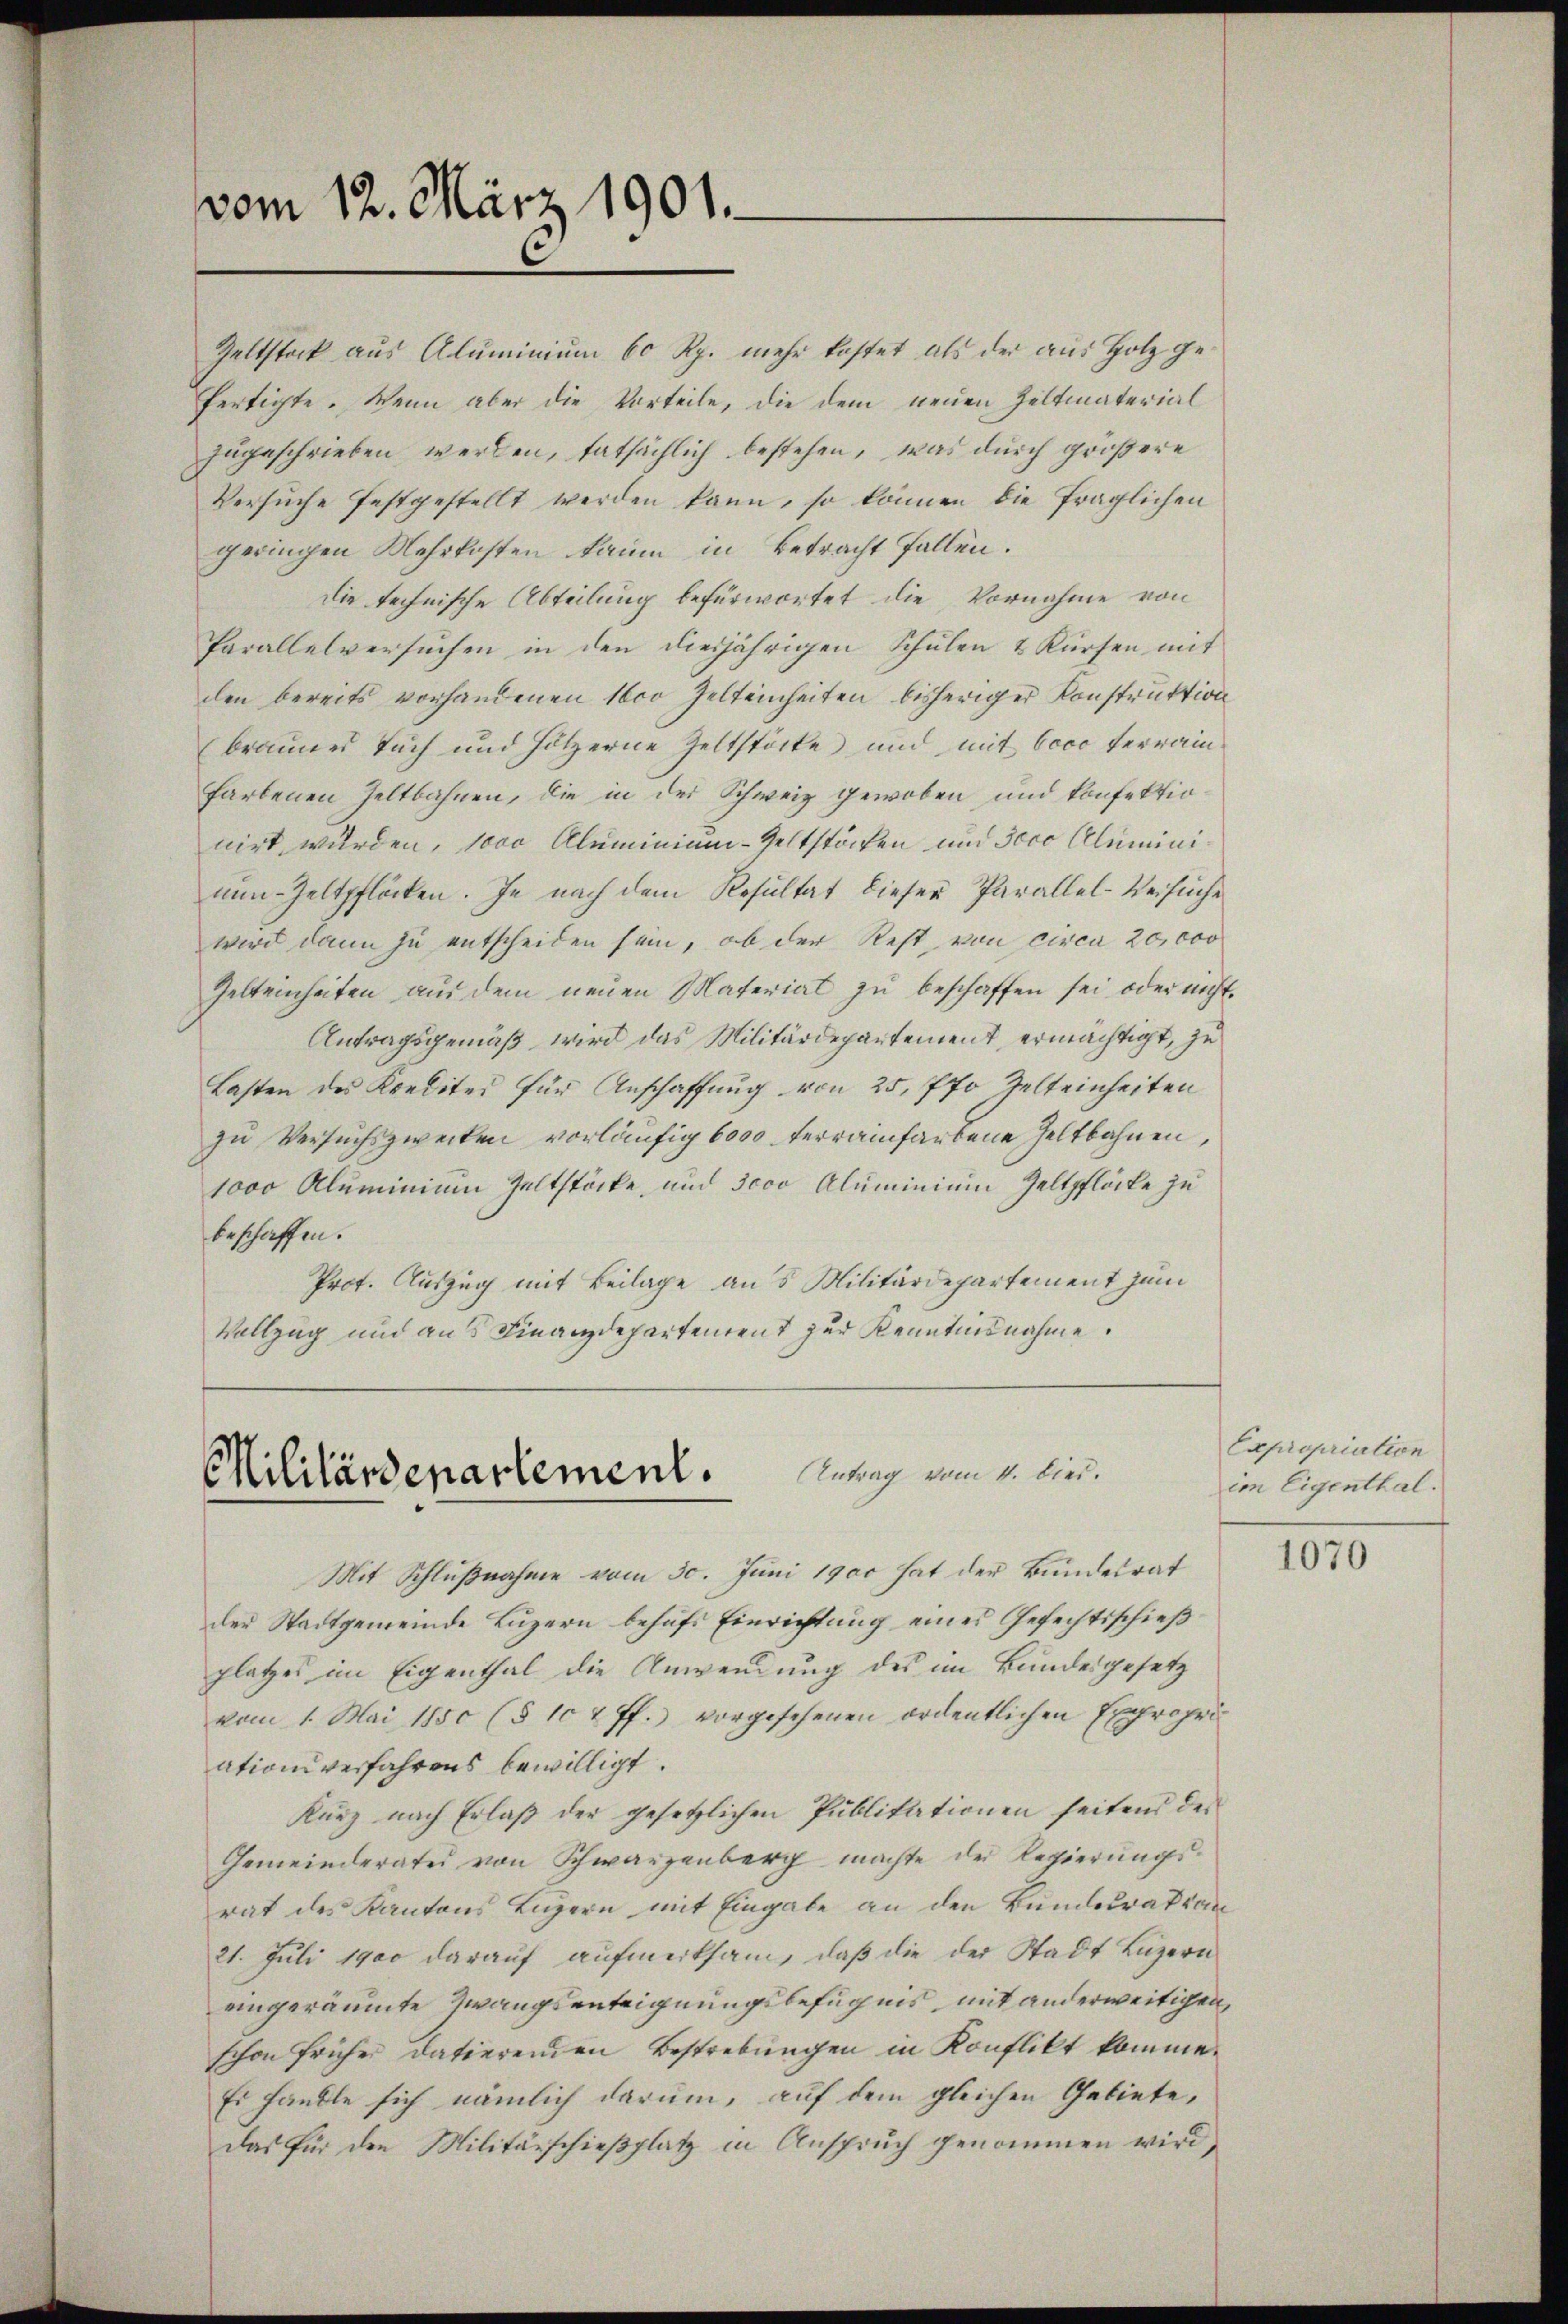
Zeltstock aus Aluminium 60 Rp. mehr kostet, als der aus Holz gefertigte. Wenn aber die Vorteile, die dem neuen Zeltmaterial
zugeschrieben werden, tatsächlich bestehen, was durch größere
Versuche festgestellt werden kann, so können die fraglichen
geringen Mehrkosten kaum in Betracht fallen.
die technische Abteilung befürwortet die Vornahme von
Parallelversuchen in den diesjährigen Schulen & Kürzen mit
den bereits vorhandenen 16co Zelteinheiten bisheriger Konstruktion
brannes Tuch und Hötzerne Zeltstöcke und mit Voce terrain¬
Farbenen Zeltbahnen, die in der Schweiz gewoben und konfektiouirt wurden, 1000 Aluminium - Geltstöcken und Jero Alumininen-Zeltpflöcken. Je nach dem Resultat dieser Parallel-Versuche
wird dann zu entscheiden sein, ob der Rest, von circa 20,000
Gelteinheiten aŭs dem neŭen Material zŭ beschaffen sei oder nicht
Antragsgemäß wird das Militärdepartement, ermächtigt, zu
Lasten des Kredites für Anschaffŭng von 25, fo Zelteinheiten
zu Versuchszwecken vorläufig 6000 verrainfarbene Zeltbahnen,
1000 Aluminium Geltstöcke, und scco Aluminium Zeltpflöcke zu
beschaffen.
Prot. Auszug mit Beilage an 5 Militärdepartement zum
Vollzug und aus Finanzdepartement zur Kenntnisnahme.

vom 12. März 1901.

Militärdepartement. Antrag vom 4. Kind.

Mit Schlußnahme vom 30. Juni 1900 hat der Bundesrat
der Stadtgemeinde Luzern behufs Einrichtung eines Gefechtsschieß
platzes im Eigenthal die Anwendung des im Bundesgesetz
vom 1. Mai 1850 (§ 10 & ff.) vorgesehenen ordentlichen Expropriation verfahrens bewilligt.
Kurz nach Erlaß der gesetzlichen Publikationen seitens des
Gemeinderate von Schwarzenberg machte der Regierungsrat des Kantons Luzern mit Eingabe an den Bunderat von
21. Juli 1900 darauf aufmerksam, daß die der Stadt Luzern
eingeräumte Zwangsenteignungsbefugnis, mit anderweitigen,
schon früher datierenden Bestrebungen in Konflikt komme.
Es handle sich nämlich darum, auf dem gleichen Gebiete,
das für den Militärschieβplatz in Ansprŭch genommen wird,

Expropriation
im Eigenthal.

1070